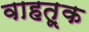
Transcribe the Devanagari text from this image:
वाहतू़क